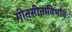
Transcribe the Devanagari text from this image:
गीतसीताविर्भावः